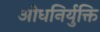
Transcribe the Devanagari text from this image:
ओधनिर्युक्ति